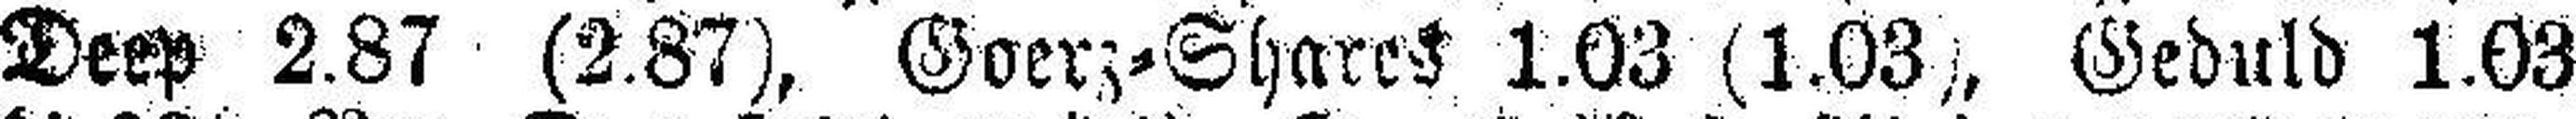
Deep 2.87 (2.87), Goerz=Shares 1.03 (1.03), Geduld 1.03